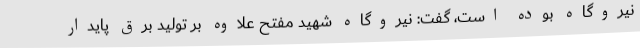
نیروگاه بوده است، گفت: نیروگاه شهید مفتح علاوه بر تولید برق پایدار